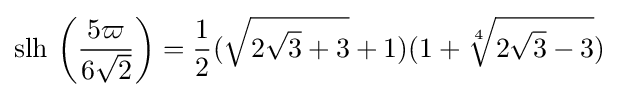
\operatorname {slh} \,\left({\frac {5\varpi }{6{\sqrt {2}}}}\right)={\frac {1}{2}}({\sqrt {2{\sqrt {3}}+3}}+1)(1+{\sqrt[{4}]{2{\sqrt {3}}-3}})